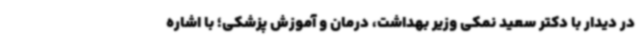
در دیدار با دکتر سعید نمکی وزیر بهداشت، درمان و آموزش پزشکی؛ با اشاره